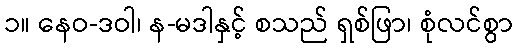
၁။ နေဝ-ဒဝါ၊ န-မဒါနှင့် စသည် ရှစ်ဖြာ၊ စုံလင်စွာ